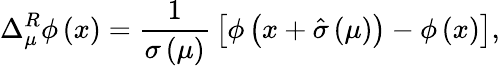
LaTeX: \Delta_{\mu}^{R}\phi\left(x\right)={\frac{1}{\sigma\left(\mu\right)}}\left[\phi\left(x+\hat{\sigma}\left(\mu\right)\right)-\phi\left(x\right)\right],